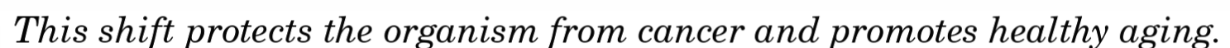
This shift protects the organism from cancer and promotes healthy aging.